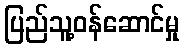
ပြည်သူ့ဝန်ဆောင်မှု